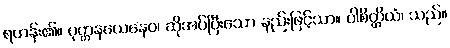
ရဟန်း၏။ ဝုတ္တနယေနေဝ၊ ဆိုအပ်ပြီးသော နည်းဖြင့်သာ။ ပါစိတ္တိယံ၊ သည်။